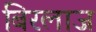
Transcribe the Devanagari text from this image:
बिरलाज